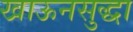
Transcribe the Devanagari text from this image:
खाऊनसुद्धा